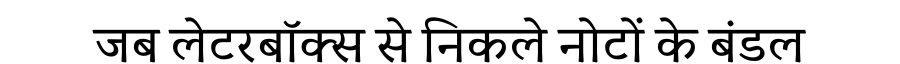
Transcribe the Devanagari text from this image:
जब लेटरबॉक्स से निकले नोटों के बंडल